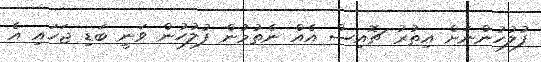
ފުލުހުންނަށް އިތުރު ޗޮއިސް އެއް ނެތުމުން ފުލުހުން ވަނީ ބަޑި ޖަހައި އެ